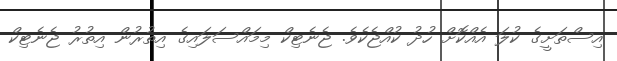
އިސްތަށީގެ ކުލަ އެއްކޮށް ހުދު ކުއްޖެކެވެ. ޖެނެޓިކް މިމައްސަލައިގެ އިތުރުން އިތުރު ޖެނެޓިކް